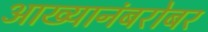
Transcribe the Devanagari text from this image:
आख्यानंबरोबर